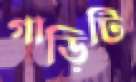
গাড়িটি